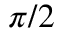
\pi / 2